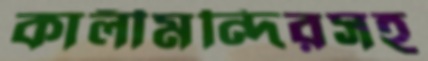
কালীমন্দিরসহ